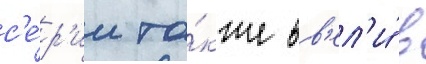
с'е́р'ии та́кже вв'ел'и́ в